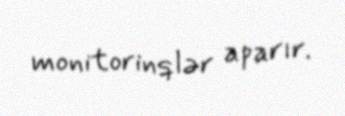
monitorinqlər aparır.